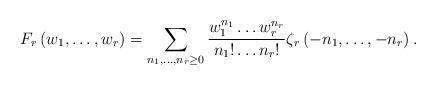
LaTeX: \begin{align*}F_{r}\left(w_{1},\dots,w_{r}\right)=\sum_{n_{1},\dots,n_{r}\ge0}\frac{w_{1}^{n_{1}}\dots w_{r}^{n_{r}}}{n_{1}!\dots n_{r}!}\zeta_{r}\left(-n_{1},\dots,-n_{r}\right).\end{align*}